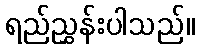
ရည်ညွှန်းပါသည်။